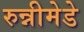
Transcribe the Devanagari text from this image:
रुन्नीमेडे